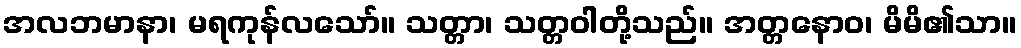
အလဘမာနာ၊ မရကုန်လသော်။ သတ္တာ၊ သတ္တဝါတို့သည်။ အတ္တနောဝ၊ မိမိ၏သာ။